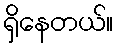
ရှိနေတယ်။